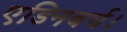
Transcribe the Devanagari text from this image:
एडिनबर्घ।